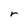
Character: r